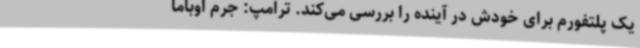
یک پلتفورم برای خودش در آینده را بررسی می‌کند. ترامپ: جرم اوباما